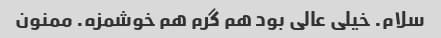
سلام. خیلی عالی بود هم گرم هم خوشمزه. ممنون